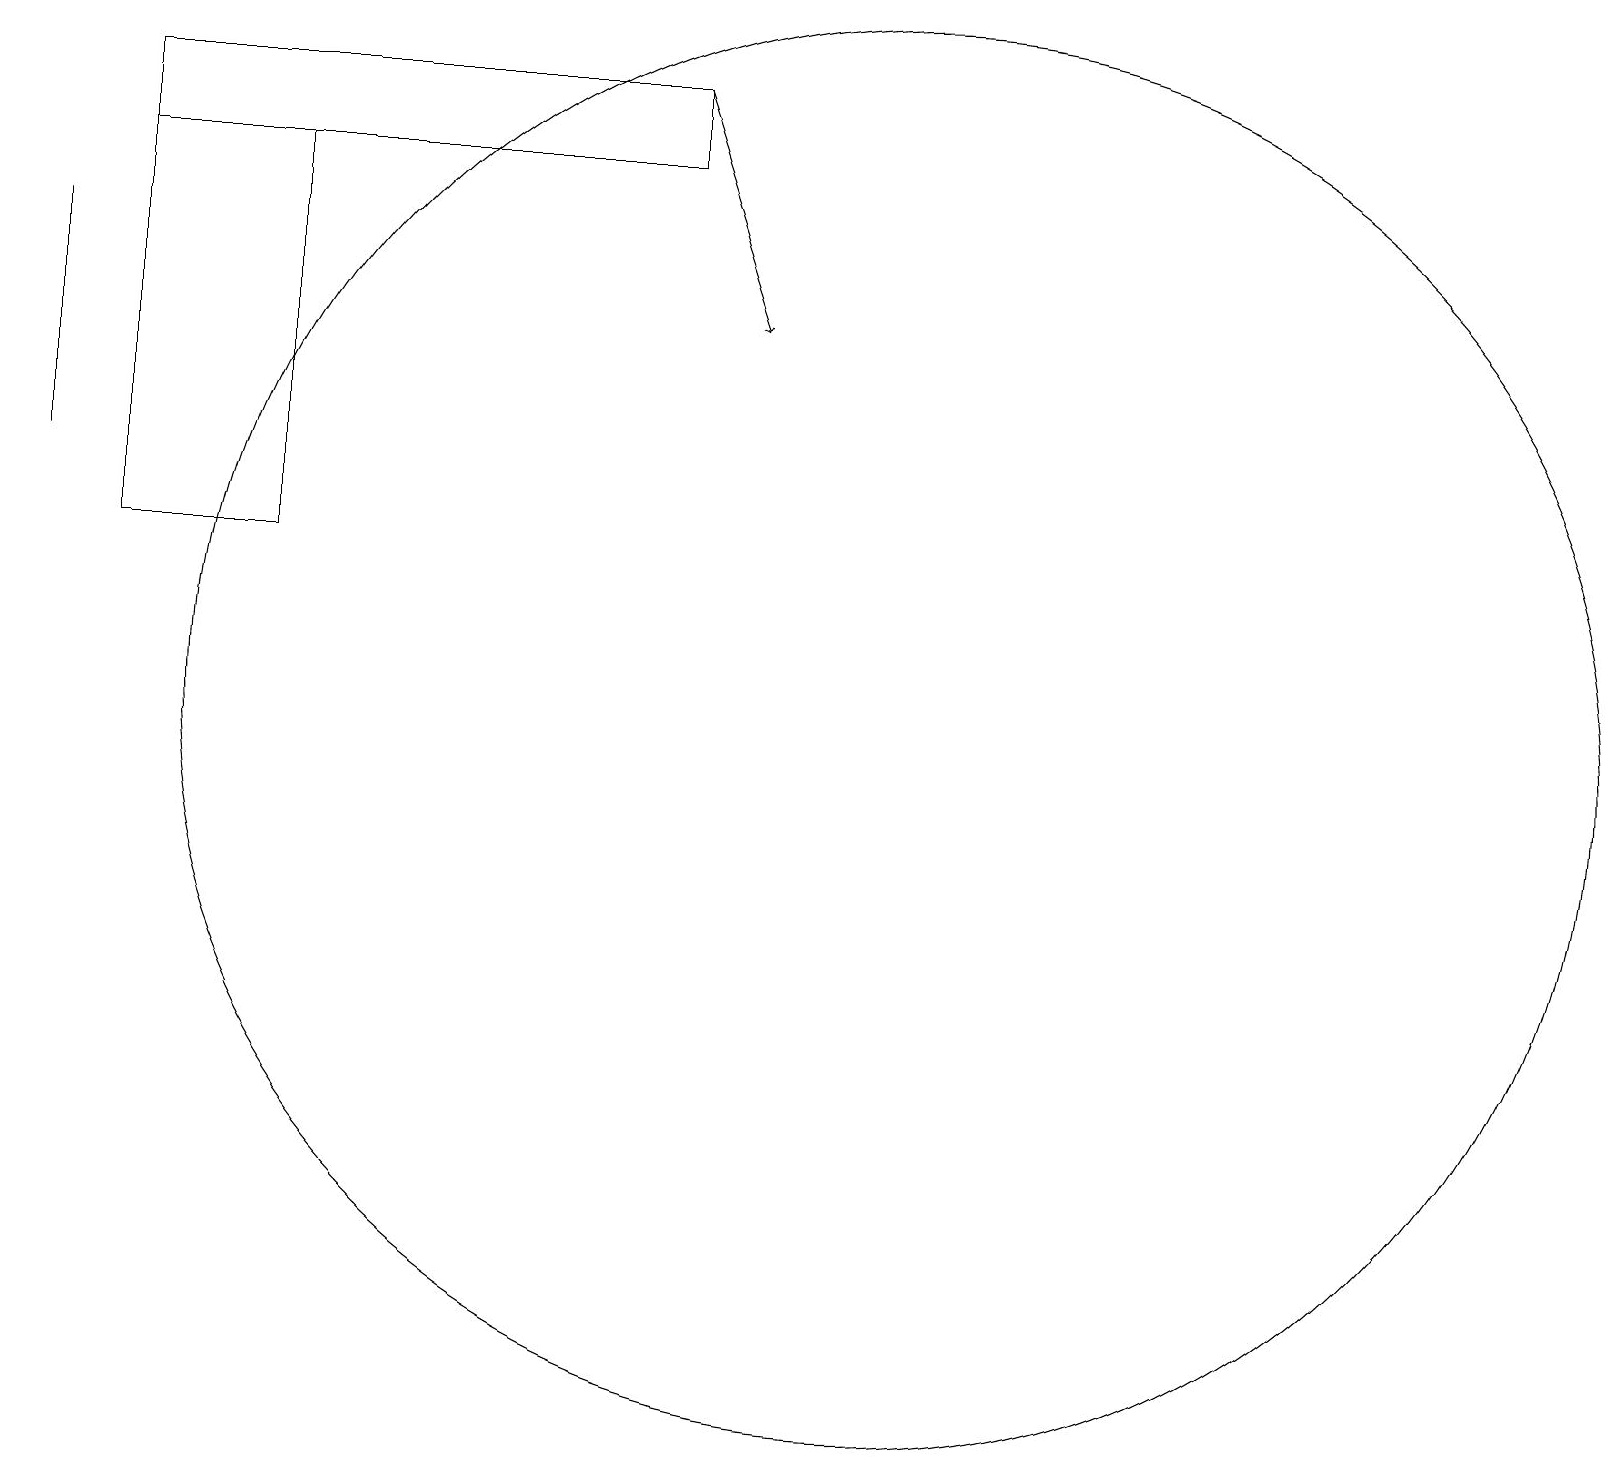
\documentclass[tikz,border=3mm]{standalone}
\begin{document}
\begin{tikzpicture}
\draw (1,17) rectangle (8,18);
\draw (11,10) circle (9);
\draw (1,17) rectangle (3,12);
\draw[->] (8,18) -- (9,15);
\draw (0,16) rectangle (0,13);
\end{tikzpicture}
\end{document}